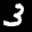
Label: 3